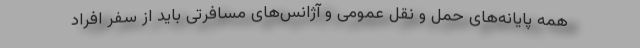
همه پایانه‌های حمل و نقل عمومی و آژانس‌های مسافرتی باید از سفر افراد